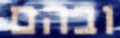
ובהם